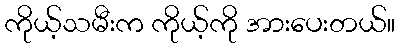
ကိုယ့်သမီးက ကိုယ့်ကို အားပေးတယ်။